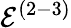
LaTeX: \mathcal{E}^{(2-3)}